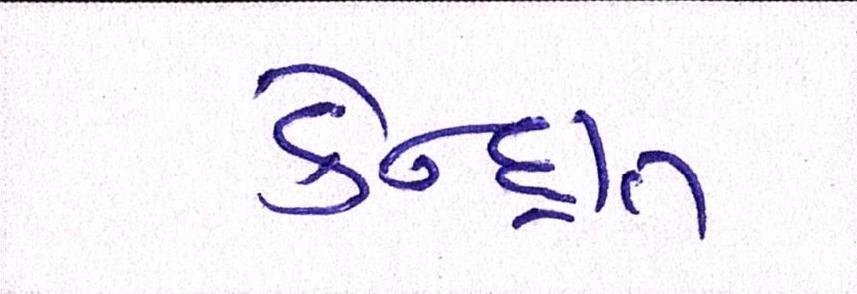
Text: કેન્દ્રીત